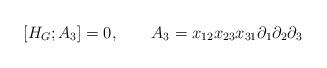
LaTeX: \begin{align*}[H_G;A_3]=0,\quad\quad A_3=x_{12}x_{23}x_{31}\partial_1\partial_2\partial_3\end{align*}